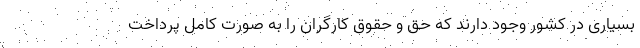
بسیاری در کشور وجود دارند که حق و حقوق کارگران را به صورت کامل پرداخت